Indian journal of veterinary science and animal husbandry - Volume 11,
Year: 1941
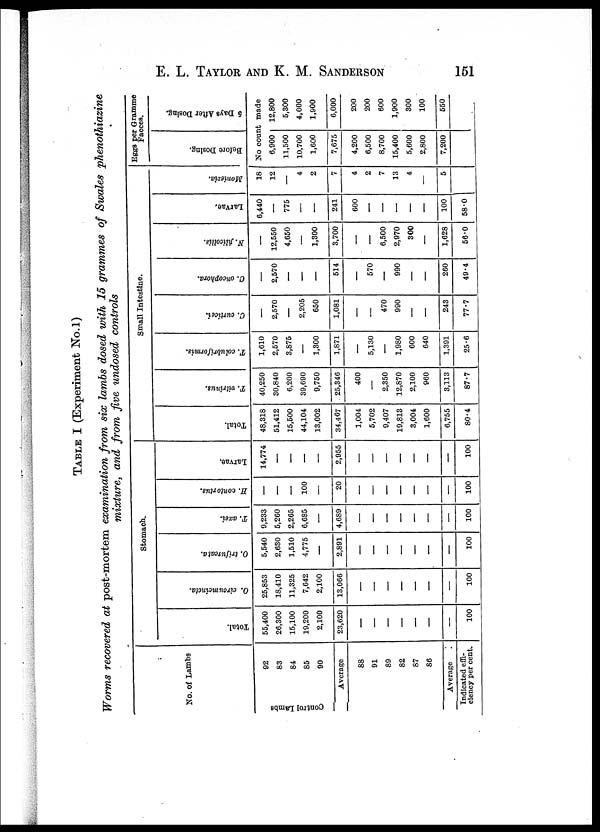
E. L. TAYLOR AND K. M.
SANDERSON
151
TABLE I (Experiment No.1)
Worms recovered at post-mortem examination from six lambs dosed with 15 grammes of Swales phenothiazine
mixture, and from five undosed controls
No. of Lambs
Control Lambs
92
83
84
85
90
Average
88
91
89
82
87
86
Average
Indicated effi¬
ciency per cent.
Stomach.
Total.
55,400
26,300
15,100
19,200
2,100
23,620
—
—
—
—
—
—
—
100
O.
circumcincta.
25,853
18,410
11,325
7,642
2,100
13,066
—
—
—
—
—
—
—
100
O. trifurcata.
5,540
2,630
1,510
4,775
—
2,891
—
—
—
—
—
—
—
100
T. axei.
9,233
5,260
2,265
6,685
—
4,689
—
—
—
—
—
—
—
100
H. contortus.
—
—
—
100
—
20
—
—
—
—
—
—
—
100
Larvae.
14,774
—
—
—
—
2,955
—
—
—
—
—
—
—
100
Small Intestine.
Total.
48,318
51,412
15,500
44,104
13,002
34,467
1,004
5,702
9,407
19,813
3,004
1,600
6,755
80.4
T. vitrinus.
40,250
30,840
6,200
39,690
9,750
. 25,346
400
—
2,350
12,870
2,100
960
3,113
87.7
T. colubriformis.
1,610
2,570
3,875
—
1,300
1,871
—
5,130
—
1,980
600
640
1,391
25.6
C.
curticei.
—
2,570
—
2,205
650
1,081
—
—
470
990
—
—
243
77.7
C. oncophora.
—
2,570
—
—
—
514
—
570
—
990
—
—
260
49.4
N. filicollis.
—
12,550
4,650
—
1,300
3,700
—
—
6,500
2,970
300
—
1,628
56.0
Larvae.
6,440
—
775
—
—
241
600
—
—
—
—
—
100
58.0
Moniezia.
18
12
—
4
2
7
4
2
7
13
4
—
5
Eggs per Gramme
Faeces.
Before Dosing.
5 Days After Dosing.
No count made
6,900
11,500
10,700
1,600
7,675
4,200
6,500
8,700
15,400
5,600
2,800
7,200
12,800
5,300
4,000
1,900
6,000
200
200
600
1,900
300
100
550